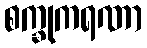
စက္ခုကရဏာ